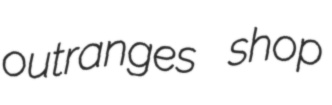
outranges shop